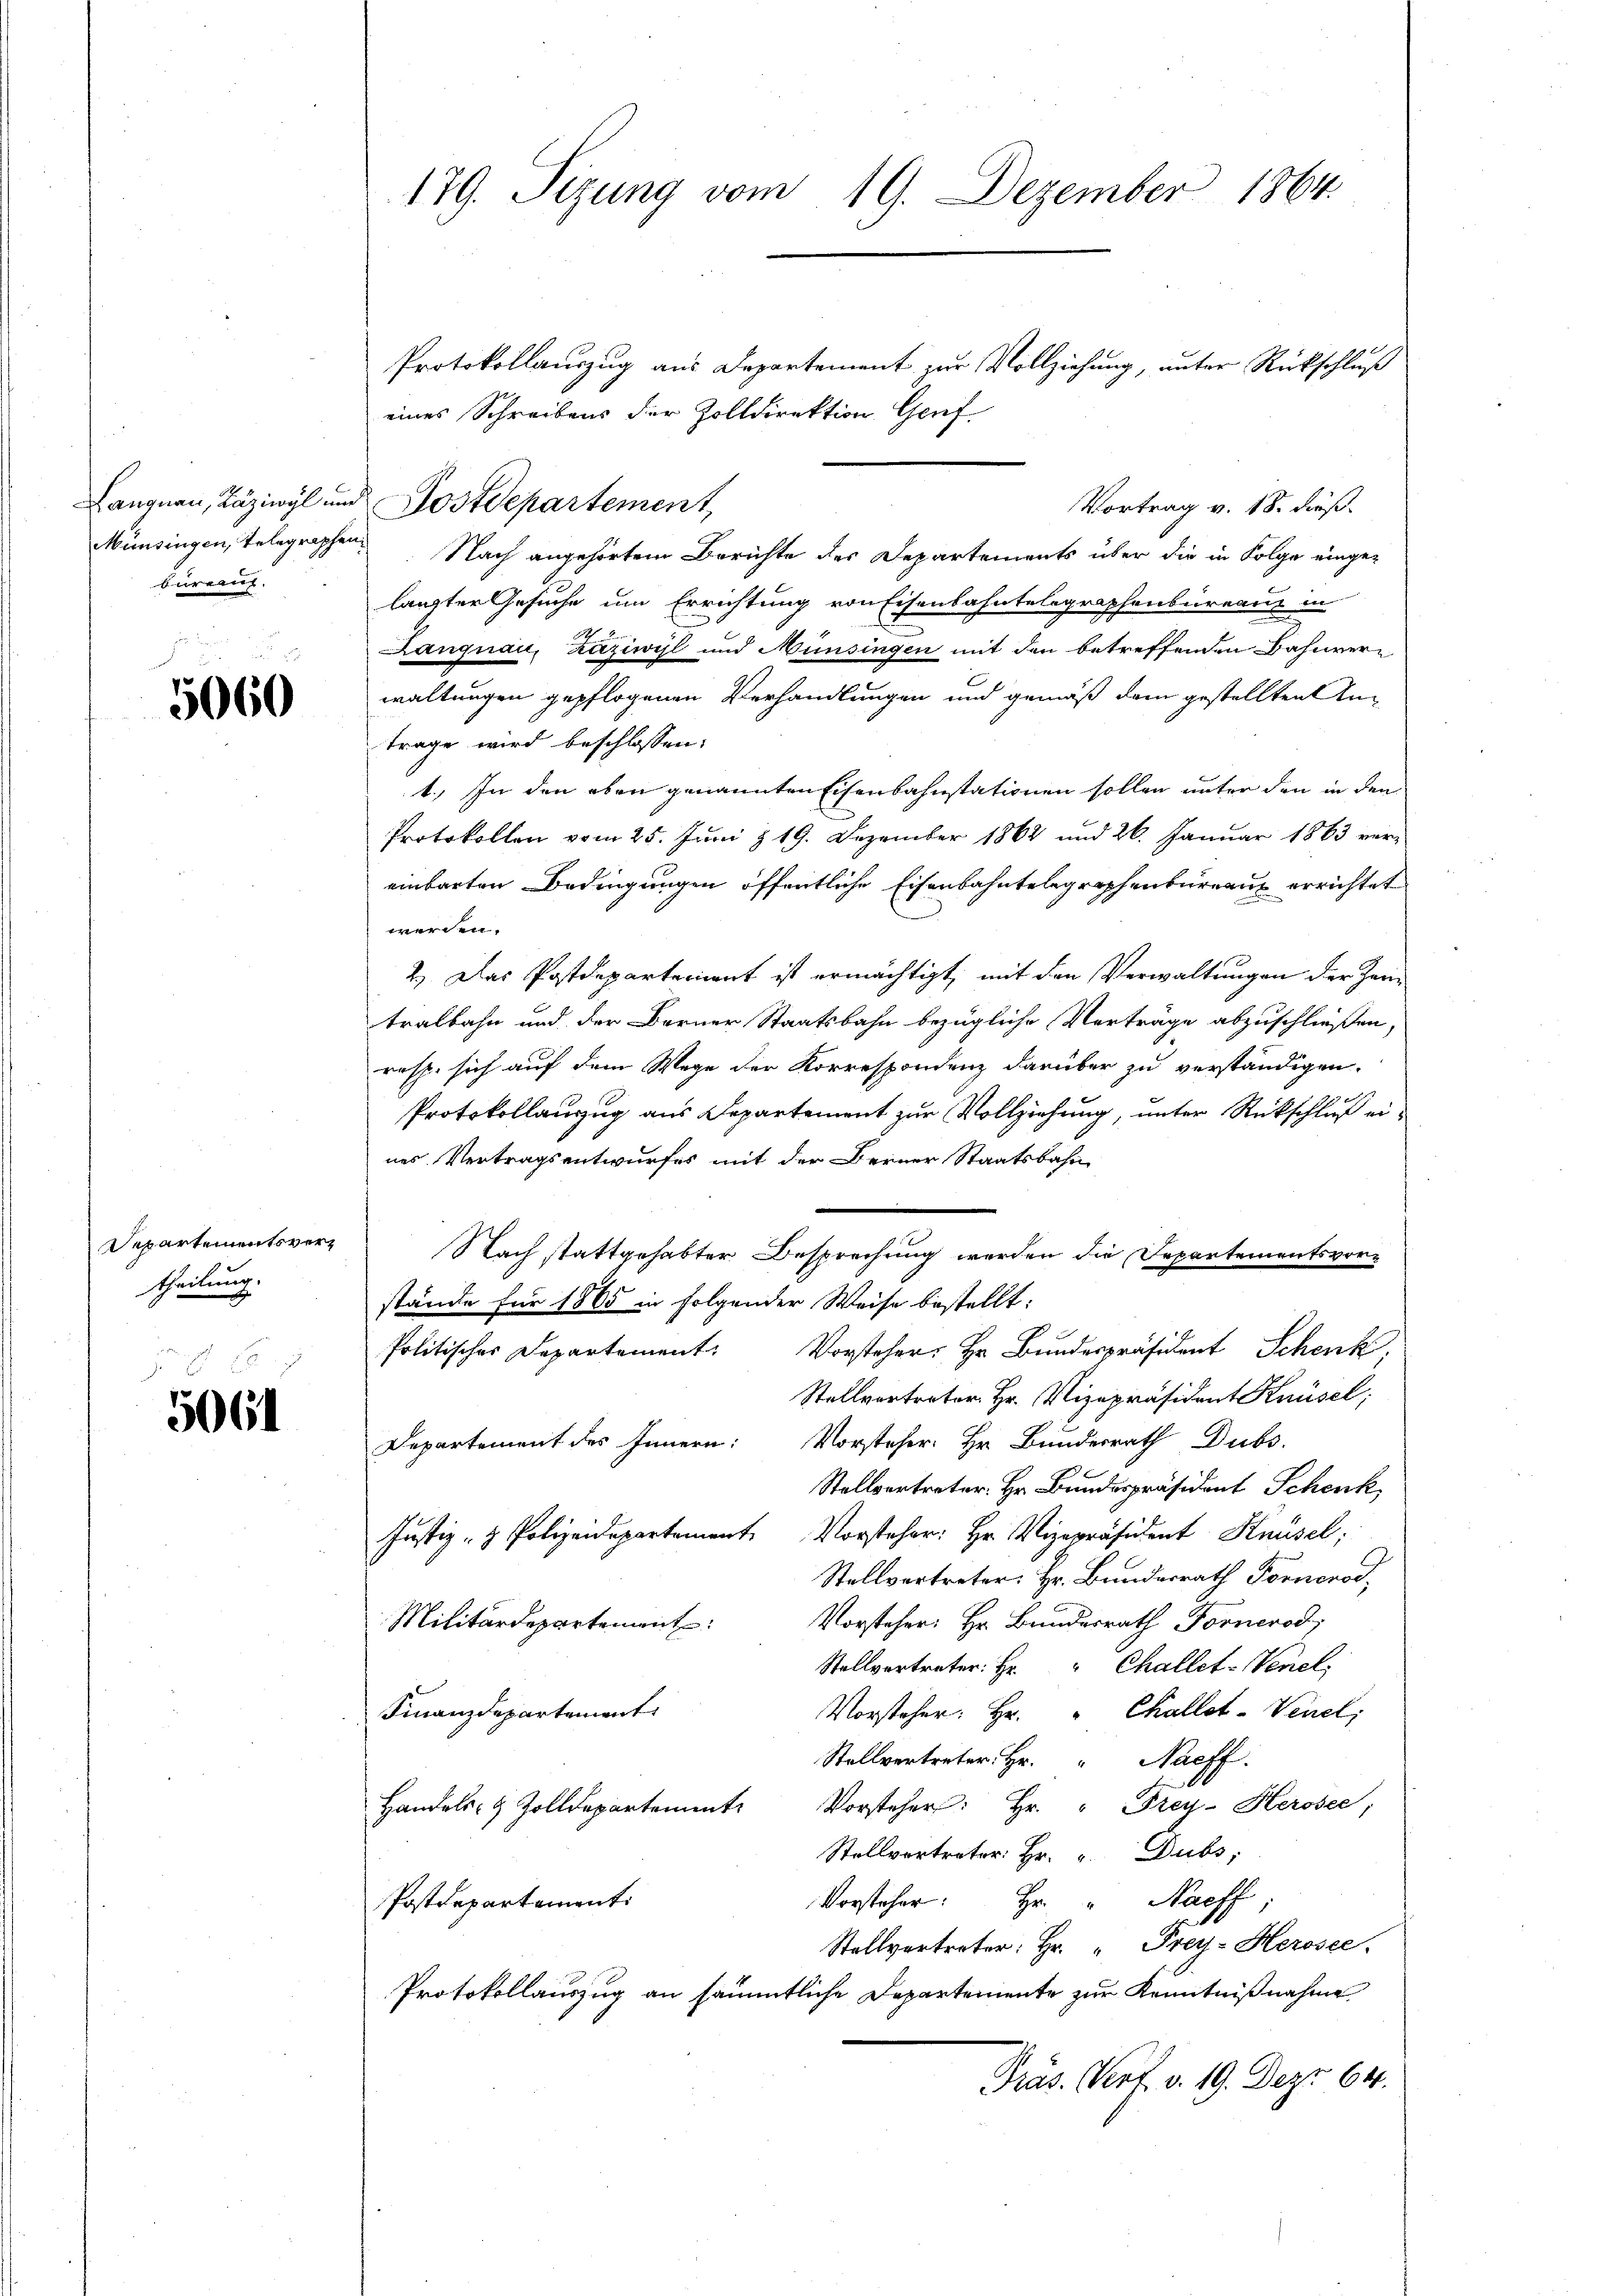
Langnau, Zäziwyl und
bureau.

5060

Departementsvertheilung.

5061

179. Sizung vom 19. Dezember 1864.

Protokollauszug aus Departement zur Vollziehung, unter Rückschluß
eines Schreibens der Zolldirektion Genf
Münsingen, telegraphen Nach angehörtem Berichte des Departements über die in Folge eingelangter Gesuche um Errichtung von Eisenbahntelegraphenbureaus in
Langnau, Zaziwyl und Münsingen mit den betreffenden Bahnverwaltungen gepflogenen Verhandlungen und gemäß dem gestellten An-
trage wird beschlossen:
t. In den eben genannten Eisenbahnstationen sollen unter den in den
Protokollen vom 25. Juni & 19. Dezember 1862 und 26. Januar 1863 vereinbarten Bedingungen öffentliche Eisenbahntelegraphenbureaus errichtet
werden.
2.) Das Postdepartement ist ermächtigt, mit den Verwaltungen der Zei
tralbahn und der Berner Staatsbahn bezügliche Verträge abzuschließen,
resp. sich auf dem Wege der Korrespondenz darüber zu verständigen.
Protokollanzug aus Departement zur Vollziehung, unter Rückschluß eines Vertragsentwurfes mit der Berner Staatsbahn
Nach stattgehabter Besprechung werden die Departementsvorstände für 1865 in folgender Weise bestellt:
Politischer Departement. Vorsteher, Hr. Bundespräsident Schenk,
Stellvortreter Hr. Vizepräsident Knüsel;
Departement des Innern: Vorsteher. Hr. Bundesrath Dubs
Stellvertreter. Hr. Bundespräsident Schenk
Justiz- & Polizeidepartement. Vorsteher: Hr. Vizepräsident Knüsel;
Stellvertreter: Hr. Bundesrath Fornerod
Militärdepartement: Vorsteher: Hr. Bundesrath Fornerod
Stellvertreter: Hr. Challet-Venel,
Finanzdepartement
Vorsteher: Hr. " Challot-Venel;
Stellvertreter. Hr. " Naeff.
Vorsteher: Hr. " Frey-Herosee,
Handels- & Zolldepartement
Stellvertreter: Hr. Dubs,
Vorsteher: Hr. " Naeff,
Postdepartement.
Stellvertreter: Hr. " Frey-Herosee.
Protokollauszug an sämmtliche Departemente zur Kenntnißnahme
Präs. Prof. v. 19. Dez. 64.

Postdepartement

Vortrag v. 18. dieß.